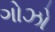
ગોઝો